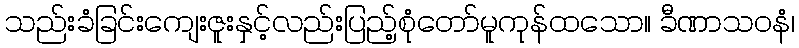
သည်းခံခြင်းကျေးဇူးနှင့်လည်းပြည့်စုံတော်မူကုန်ထသော။ ခီဏာသဝနံ၊